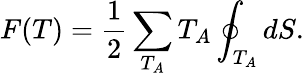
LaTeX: F(T)=\frac 12\sum_{T_{A}}T_{A}\oint_{T_{A}}dS.